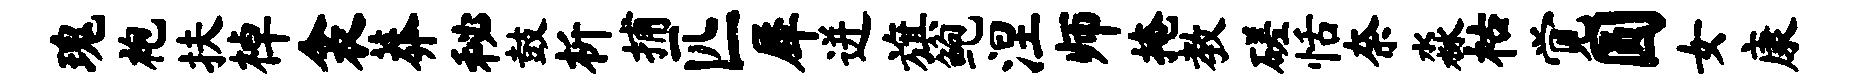
瑰袍扶棹衾莽秘鼓析捕匹犀迸旗鲍涅师掩教磋恬奈淼枯觉圆女康